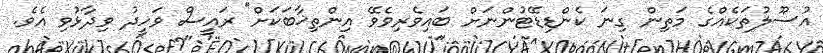
އުސޫލުތަކެއްގެ މަތިން ގިނަ ކެންޑިޑޭޓުންނަށް ބައިވެރިވެވޭ އިންތިޚާބަކަށް" ރައީސް ވަހީދު ވިދާޅުވި އެވެ.